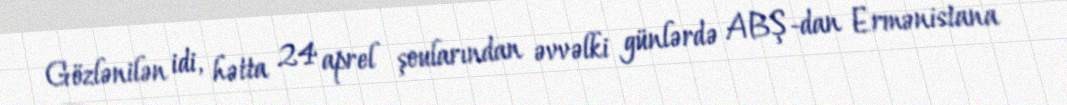
Gözlənilən idi, hətta 24 aprel şoularından əvvəlki günlərdə ABŞ-dan Ermənistana